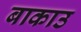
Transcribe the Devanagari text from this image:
बाकाउ